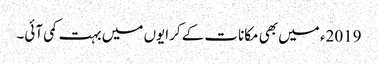
2019ء میں بھی مکانات کے کرایوں میں بہت کمی آئی۔